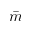
\bar { m }